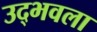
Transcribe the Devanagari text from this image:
उद्‍भवला